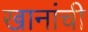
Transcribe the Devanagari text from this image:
खानांची